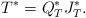
\begin{align*} T^*=Q_T^{*}J_T^*.\end{align*}